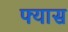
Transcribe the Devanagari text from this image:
फ्यास